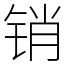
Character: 销